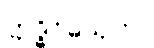
ဣဒ္ဓိဝိဓသုတ်။